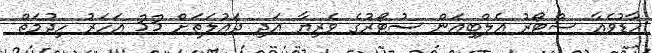
ހާޑުވެއާ ސްޓޯރު އެލްބިއަން ސުޓޯރުގެ ވެރިޔާ އަދި ދައުލަތަށް 33 އަހަރު ހިދުމަތް